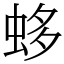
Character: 蛥